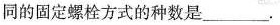
同的固定螺栓方式的种数是___.